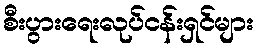
စီးပွားရေးလုပ်ငန်းရှင်များ